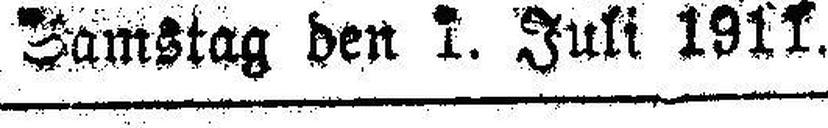
Samstag den 1. Juli 1911.